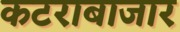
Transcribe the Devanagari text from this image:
कटराबाजार